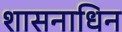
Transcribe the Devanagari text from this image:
शासनाधिन